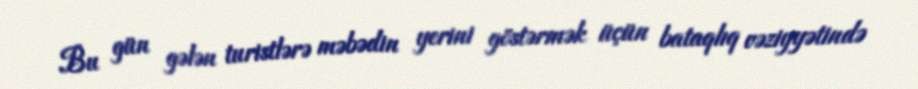
Bu gün gələn turistlərə məbədin yerini göstərmək üçün bataqlıq vəziyyətində